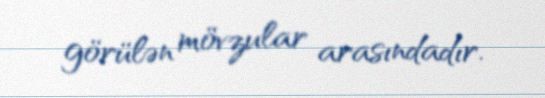
görülən mövzular arasındadır.